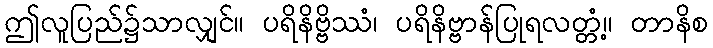
ဤလူပြည်၌သာလျှင်။ ပရိနိဗ္ဗိဿံ၊ ပရိနိဗ္ဗာန်ပြုရလတ္တံ့။ တာနိစ